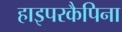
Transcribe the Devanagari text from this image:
हाइपरकैपिना